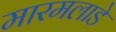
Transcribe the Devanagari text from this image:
मारमलाडे